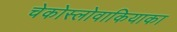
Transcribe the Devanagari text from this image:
चेकोस्लोवाकियाका